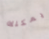
يمكنك